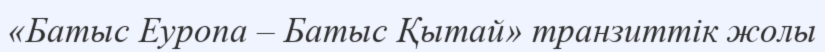
«Батыс Еуропа – Батыс Қытай» транзиттік жолы